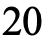
20